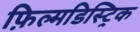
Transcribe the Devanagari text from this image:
फ़िल्मडिस्ट्रिक